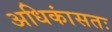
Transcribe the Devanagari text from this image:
अधिकांसतः